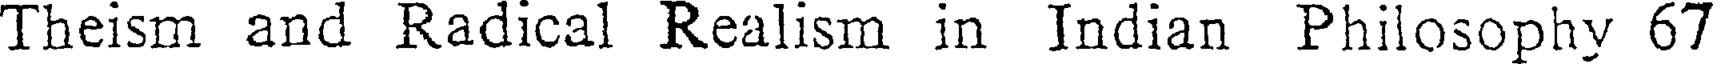
Theism and Radical Realism in Indian Philosophy 67